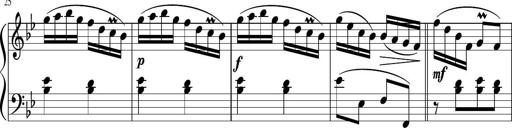
Title: 12 Keyboard Sonatinas
Composer: James Hook